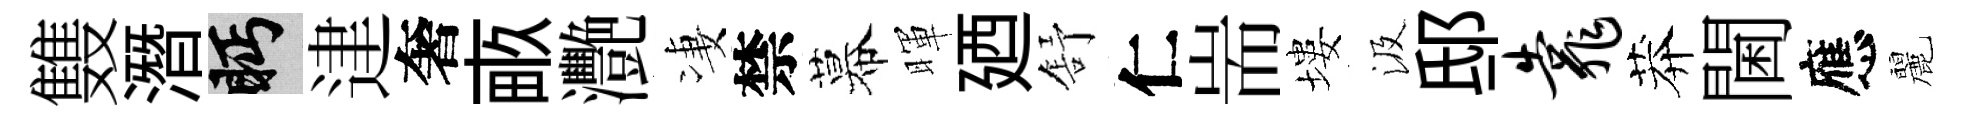
䨇潛眄䢖奢畞灧凄禁幕暉廼舒仁耑塿汲邸靠莽閫應麗